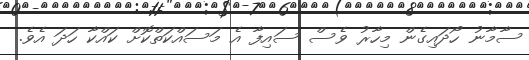
ސާމާނު ހޯދައިގެން މިހާރު ވެސް ސައިފާ އެ މަސައްކަތްކޮށް ކައްކާ ހަދަ އެވެ.